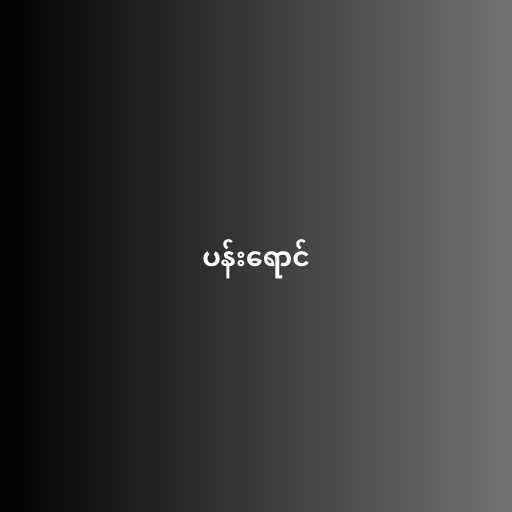
ပန်းရောင်